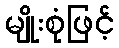
မျိုးစုံဖြင့်